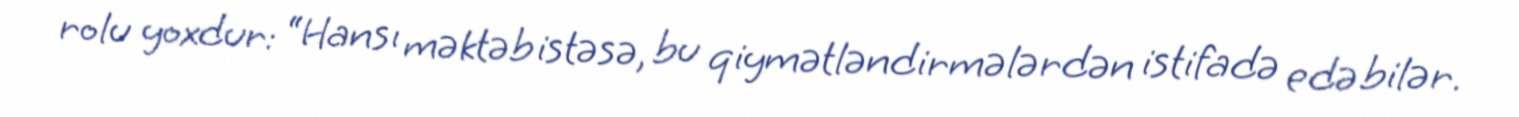
rolu yoxdur: “Hansı məktəb istəsə, bu qiymətləndirmələrdən istifadə edə bilər.